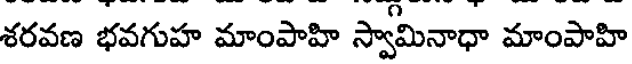
శరవణ భవగుహ మాంపాహి స్వామినాధా మాంపాహి